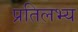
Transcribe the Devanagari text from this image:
प्रतिलभ्य